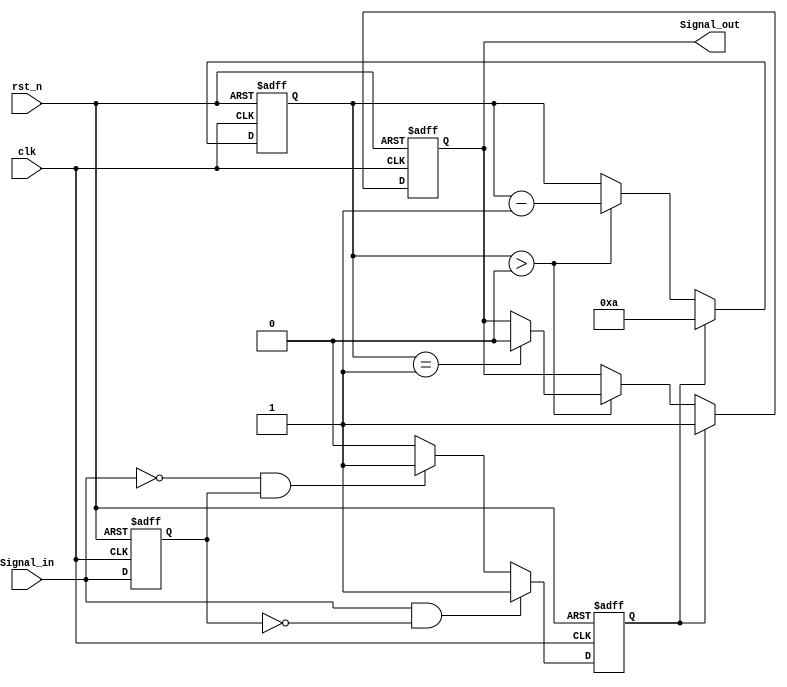
module MonostableEdgeDetector #(
    parameter PULSE_WIDTH = 10 // Pulse width in clock cycles
)(
    input wire clk,              // Clock signal
    input wire rst_n,            // Active low reset
    input wire Signal_in,        // Input signal to monitor
    output reg Signal_out        // Output pulse signal
);

    reg Signal_in_d;             // Delayed version of Signal_in
    reg [3:0] pulse_counter;     // Counter for pulse width
    reg edge_detected;           // Edge detection flag

    // Edge detection logic
    always @(posedge clk or negedge rst_n) begin
        if (!rst_n) begin
            Signal_in_d <= 1'b0;
            edge_detected <= 1'b0;
        end else begin
            Signal_in_d <= Signal_in; // Sample the input signal
            // Detect rising or falling edge
            if (Signal_in && !Signal_in_d) begin
                edge_detected <= 1'b1; // Rising edge detected
            end else if (!Signal_in && Signal_in_d) begin
                edge_detected <= 1'b1; // Falling edge detected
            end else begin
                edge_detected <= 1'b0; // No edge detected
            end
        end
    end

    // Pulse generation logic
    always @(posedge clk or negedge rst_n) begin
        if (!rst_n) begin
            Signal_out <= 1'b0;       // Reset output
            pulse_counter <= 0;       // Reset counter
        end else if (edge_detected) begin
            Signal_out <= 1'b1;       // Set output high on edge detection
            pulse_counter <= PULSE_WIDTH; // Load pulse width
        end else if (pulse_counter > 0) begin
            pulse_counter <= pulse_counter - 1; // Decrement counter
            if (pulse_counter == 1) begin
                Signal_out <= 1'b0;   // Reset output after pulse width
            end
        end
    end

endmodule